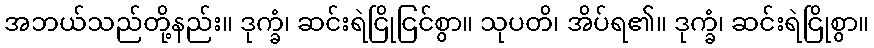
အဘယ်သည်တို့နည်း။ ဒုက္ခံ၊ ဆင်းရဲငြိုငြင်စွာ။ သုပတိ၊ အိပ်ရ၏။ ဒုက္ခံ၊ ဆင်းရဲငြိုစွာ။